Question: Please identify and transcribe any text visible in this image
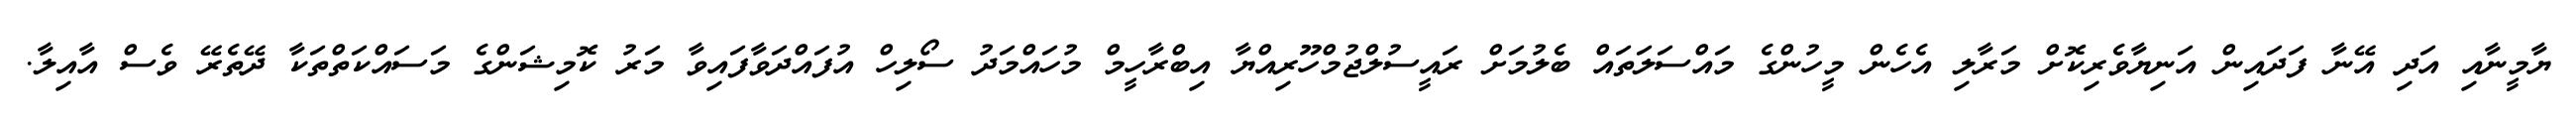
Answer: ޔާމީނާއި އަދި އޭނާ ފަދައިން އަނިޔާވެރިކޮށް މަރާލި އެހެން މީހުންގެ މައްސަލަތައް ބެލުމަށް ރައީސުލްޖުމްހޫރިއްޔާ އިބްރާހީމް މުހައްމަދު ސޯލިހް އުފައްދަވާފައިވާ މަރު ކޮމިޝަންގެ މަސައްކަތްތަކާ ދޭތެރޭ ވެސް އާއިލާ.